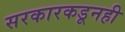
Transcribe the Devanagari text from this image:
सरकारकडूनही